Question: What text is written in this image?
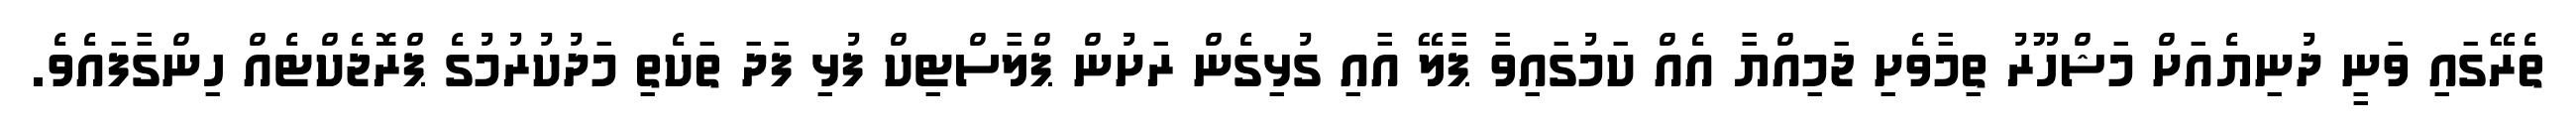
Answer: ތެރޭގައި ވަނީ ދުނިޔެއަށް މަޝްހޫރު ތިމާވެށި ޖަމިއްޔާ އެއް ކަމުގައިވާ ޕާލޭ އާއި ގުޅިގެން ރަށުން ޕްލާސްޓިކް ފުޅި ފަދަ ތަކެތި މަދުކުރުމުގެ ޕްރޮޖެކްޓެއް ހިންގާފައެވެ.